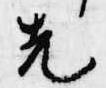
先